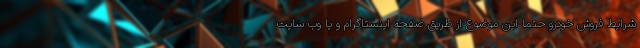
شرایط فروش خودرو حتما این موضوع از طریق صفحه اینستاگرام و یا وب سایت